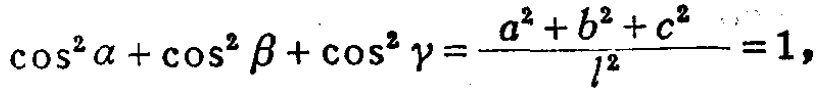
\(\cos^{2}\alpha+\cos^{2}\beta+\cos^{2}\gamma=\frac{a^{2}+b^{2}+c^{2}}{l^{2}} = 1\)